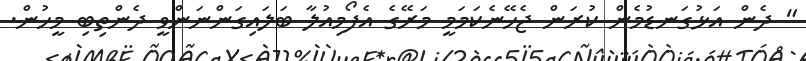
" ދެން އަޅުގަނޑުމެން ކުރަން ޖެހޭނެކަމަމީ މަރޭގެ އެފޯމިއުލާ ބަލައިގަންނަންވީ ދެންތިބި މީހުން.